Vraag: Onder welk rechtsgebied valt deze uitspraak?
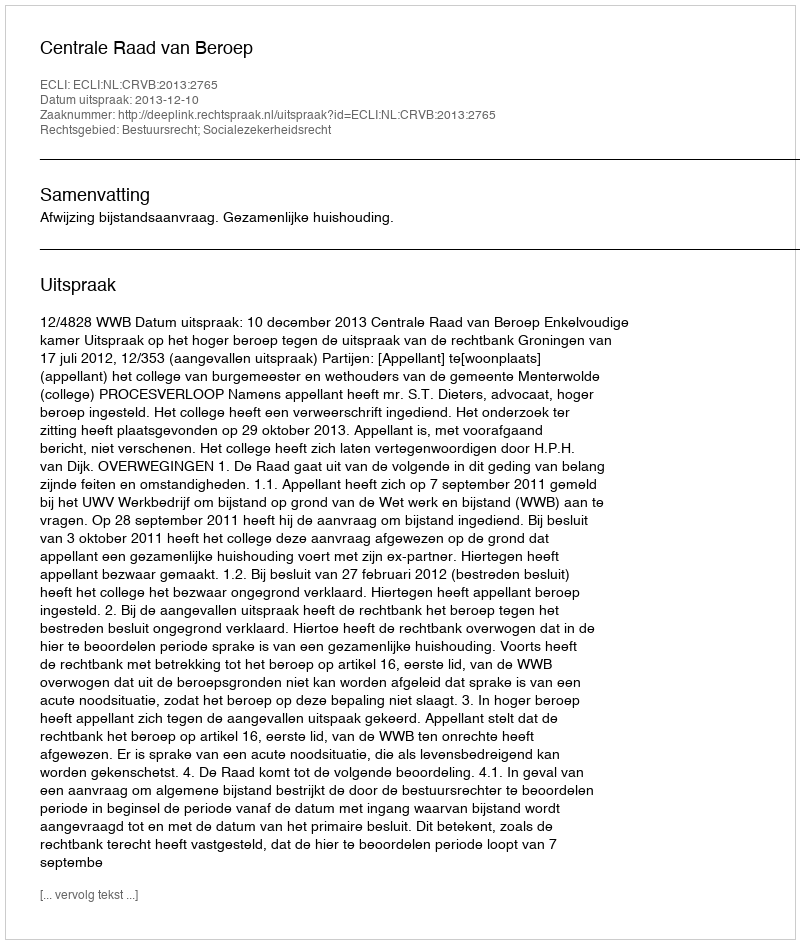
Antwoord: Bestuursrecht; Socialezekerheidsrecht